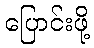
ပြောင်းဖို့